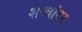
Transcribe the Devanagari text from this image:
शस्त्रांवर